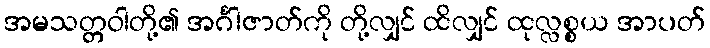
အမသတ္တဝါတို့၏ အင်္ဂါဇာတ်ကို တို့လျှင် ထိလျှင် ထုလ္လစ္စယ အာပတ်